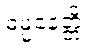
ဓမ္မနေတ္တိ